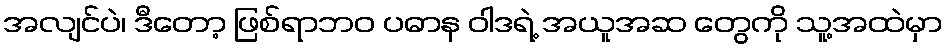
အလျင်ပဲ၊ ဒီတော့ ဖြစ်ရာဘဝ ပဓာန ဝါဒရဲ့ အယူအဆ တွေကို သူ့အထဲမှာ